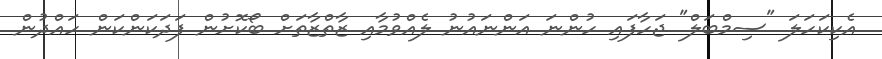
އެކިކަހަލަ "ސިމްބަލް" ޖަހާފައި ހުންނަ އަންނައުނު ލެއްވުމާއި ޒާތްޒާތަށް ބޯކޮށުން ފަދަކަންކަން ހައްދުން